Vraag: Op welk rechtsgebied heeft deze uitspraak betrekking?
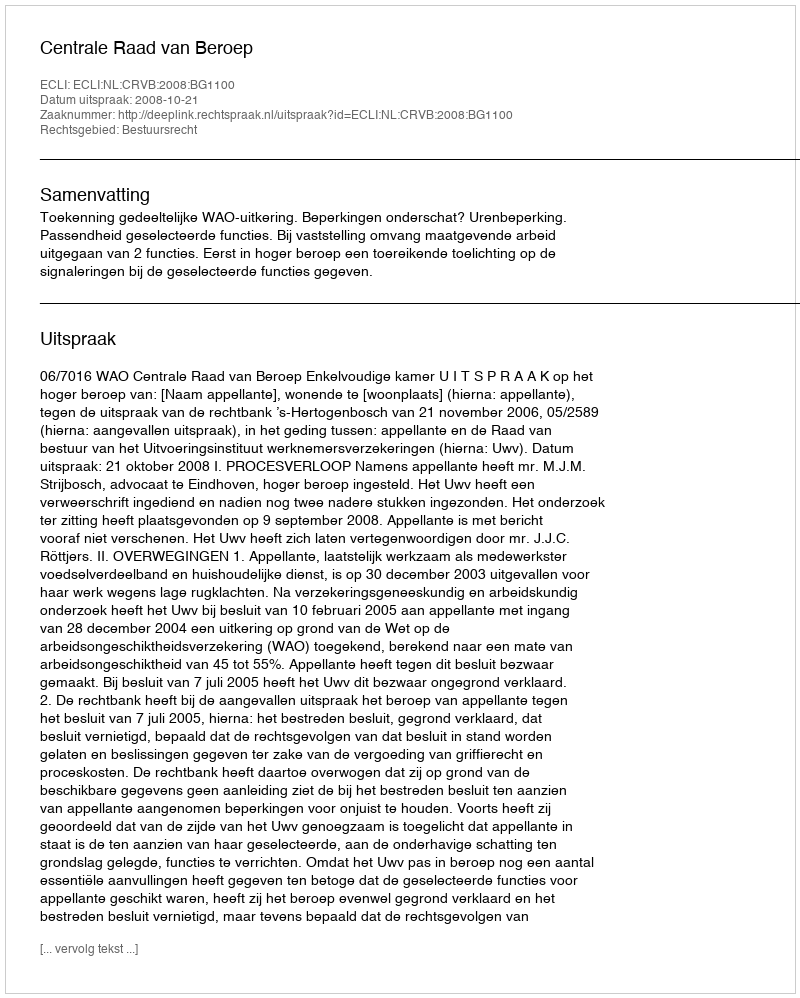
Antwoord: Bestuursrecht